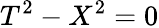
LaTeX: T^{2}-X^{2}=0